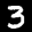
Label: 3